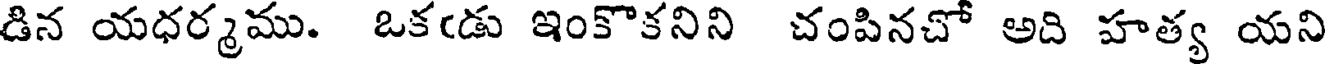
డిన యధర్మము. ఒకఁడు ఇంకొకనిని చంపినచో అది హత్య యని